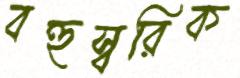
বহুস্বরিক